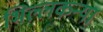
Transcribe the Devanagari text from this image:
भिल्लकन्या